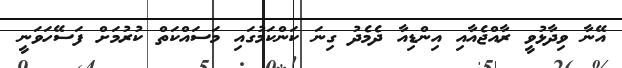
އޭނާ ވިދާޅުވީ ރާއްޖެއާއި އިންޑިއާ ދެމެދު ގިނަ ކަންކަމުގައި މަސައްކަތް ކުރުމަށް ފަސޭހަވަނީ